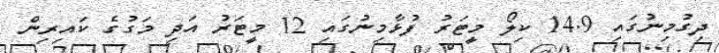
ދިގުމިނުގައި 14.9 ކިލޯ މީޓަރު ފުޅާމިނުގައި 12 މީޓަރު އަދި މަގުގެ ކައިރިން